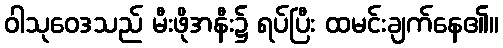
ဝါသုဝေဒသည် မီးဖိုအနီး၌ ရပ်ပြီး ထမင်းချက်နေ၏။